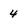
Character: 4